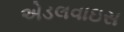
એડલવાઇસ